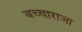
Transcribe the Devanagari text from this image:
बच्‍चाराजा